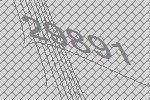
29891